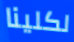
لكلينا